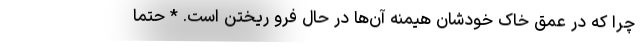
چرا که در عمق خاک خودشان هیمنه آن‌ها در حال فرو ریختن است. * حتماً